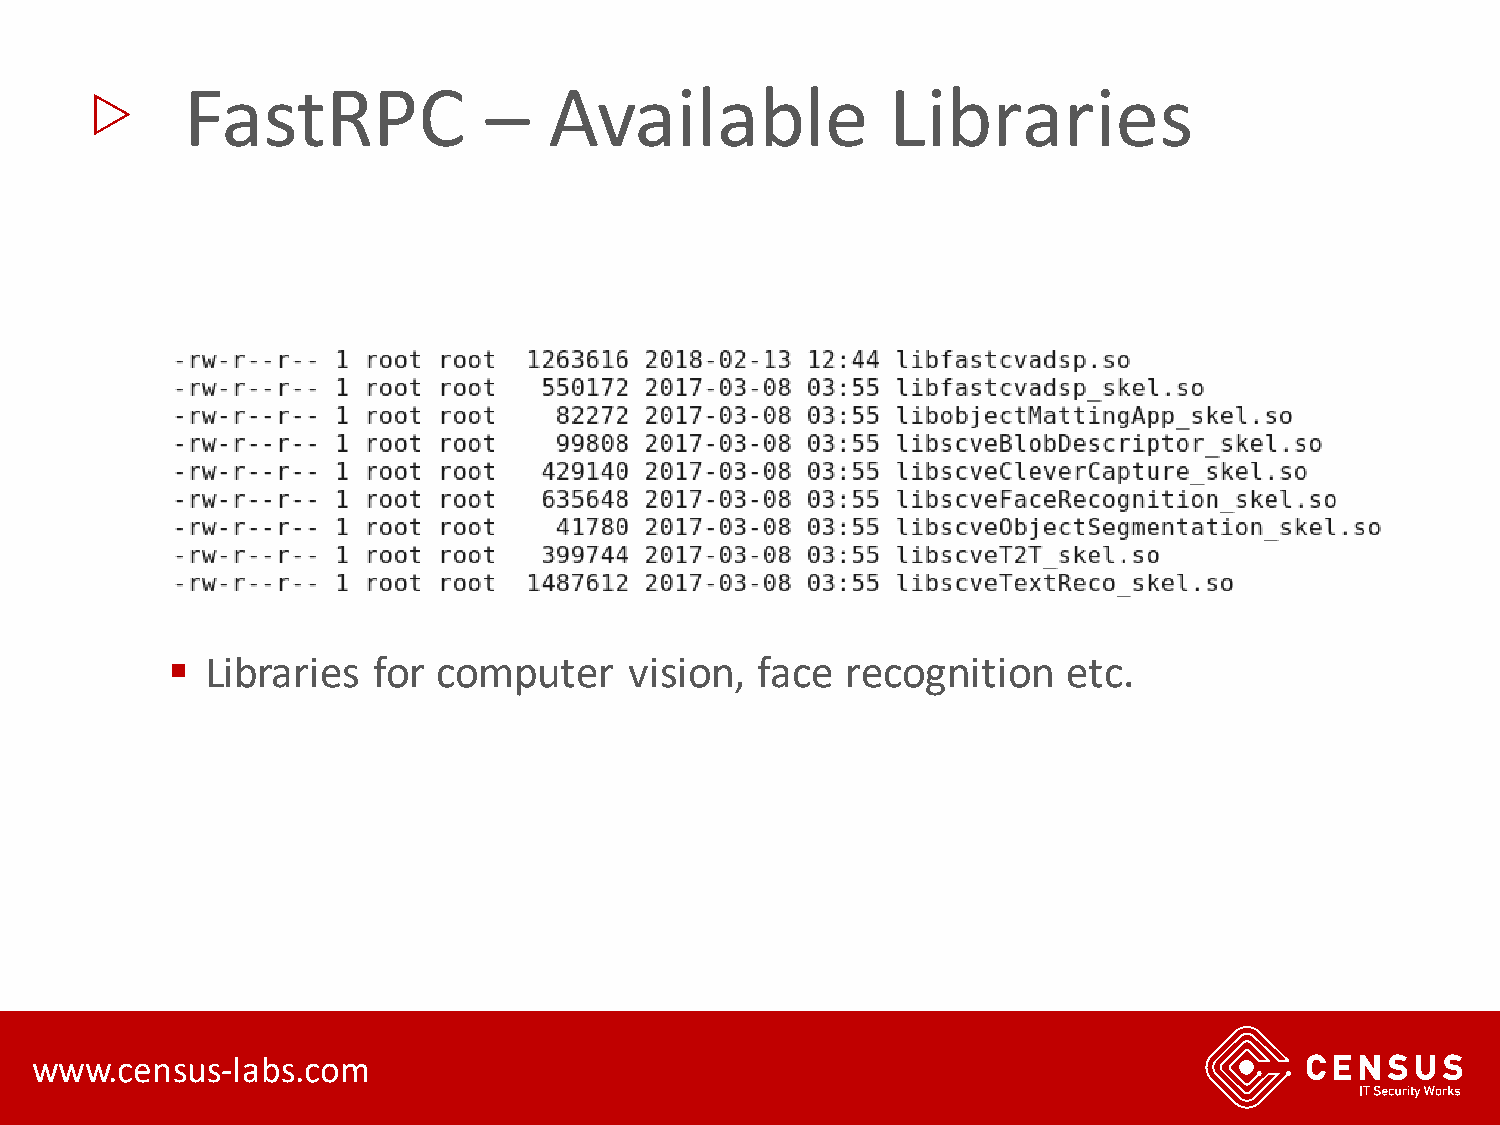
▷
 FastRPC             –   Available              Libraries
 ▪  Libraries  for computer     vision, face  recognition    etc.
 www.census-labs.com